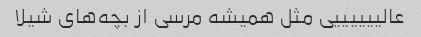
عالییییییی مثل همیشه مرسی از بچه‌های شیلا